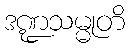
ဒဏ္ဍသမ္မုတိ